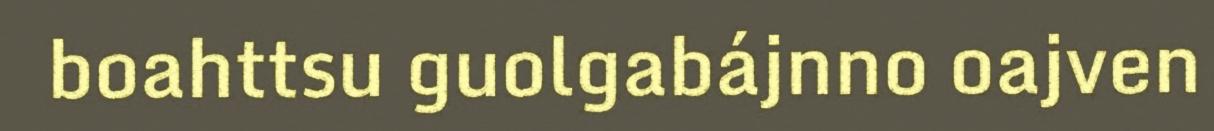
boahttsu guolgabájnno oajven